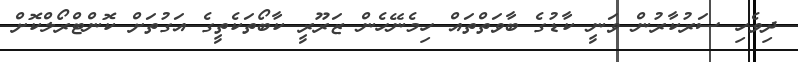
ދިވެހި ސަރުކާރުން ވަނީ ކާޑުގެ ބާވަތްތައް ހިމެނޭހެން ޒަރޫރީ ކާބޯތަކެތީގެ އަގުތަށް ކޮންޓްރޯލްކޮށް